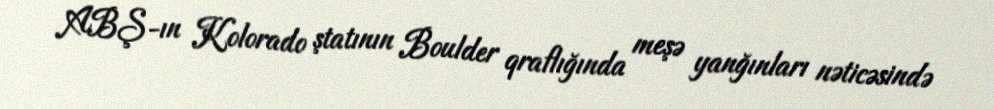
ABŞ-ın Kolorado ştatının Boulder qraflığında meşə yanğınları nəticəsində